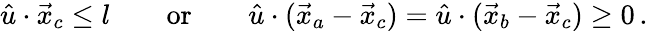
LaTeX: \begin{array}{ccc}{{\hat{u}\cdot\vec{x}_{c}\leq l~~}}&{{~~\mathrm{or}~~}}&{{~~\hat{u}\cdot(\vec{x}_{a}-\vec{x}_{c})=\hat{u}\cdot(\vec{x}_{b}-\vec{x}_{c})\geq 0\, .}}\end{array}